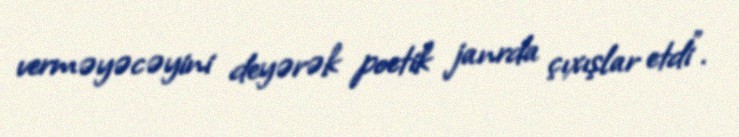
verməyəcəyini deyərək poetik janrda çıxışlar etdi”.